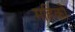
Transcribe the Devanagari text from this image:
महिको